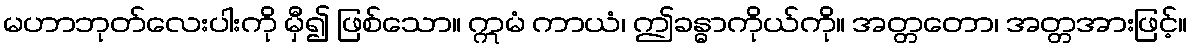
မဟာဘုတ်လေးပါးကို မှီ၍ ဖြစ်သော။ ဣမံ ကာယံ၊ ဤခန္ဓာကိုယ်ကို။ အတ္တတော၊ အတ္တအားဖြင့်။